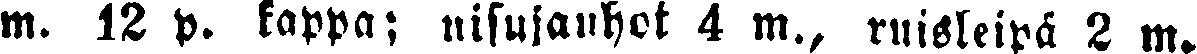
m. 12 p. kappa; nisujauhot 4 m., ruisleipä 2 m.